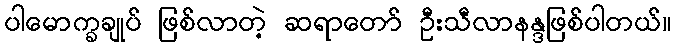
ပါမောက္ခချုပ် ဖြစ်လာတဲ့ ဆရာတော် ဦးသီလာနန္ဒဖြစ်ပါတယ်။